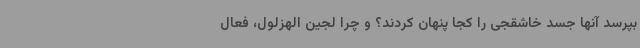
بپرسد آنها جسد خاشقجی را کجا پنهان کردند؟ و چرا لجین الهزلول، فعال